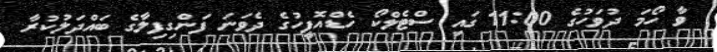
ވާ ހޯމަަ ދުވަހުގެ 11:00 ގައި ސްޓެލްކޯ ހެޑްއޮފީހުގެ ދެވަނަ ފަންގިފިލާގެ ބައްދަލުކުރާ